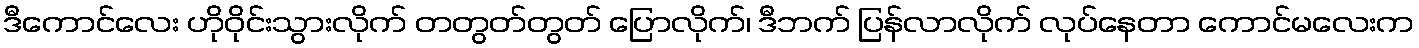
ဒီကောင်လေး ဟိုဝိုင်းသွားလိုက် တတွတ်တွတ် ပြောလိုက်၊ ဒီဘက် ပြန်လာလိုက် လုပ်နေတာ ကောင်မလေးက